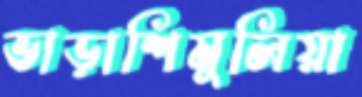
ভাড়াশিমুলিয়া